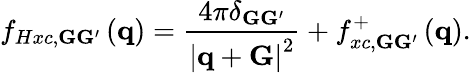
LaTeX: f_{Hxc,{\mathbf G}{\mathbf G}^{\prime}}\left({\mathbf q}\right)=\frac{4\pi\delta_{{\mathbf G}{\mathbf G}^{\prime}}}{\left|{\mathbf q}+{\mathbf G}\right|^{2}}+f_{xc,{\mathbf G}{\mathbf G}^{\prime}}^{+}\left({\mathbf q}\right).